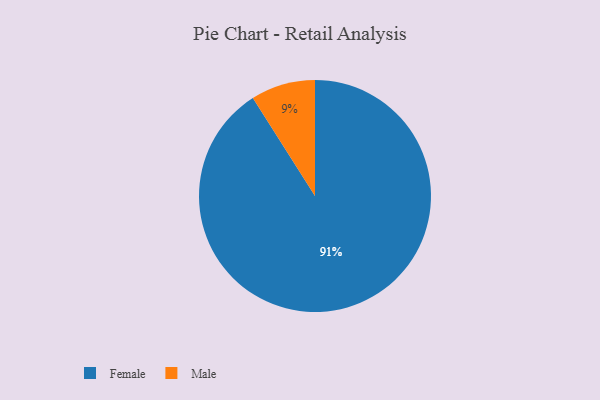
{"axis": {"x": "Category", "y": "Percentage"}, "legend": ["Female", "Male"], "data": [{"x": "Male", "y": 9, "type": "Male"}, {"x": "Female", "y": 91, "type": "Female"}]}